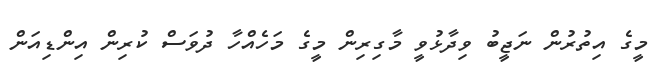
މީގެ އިތުރުން ނަޖީބު ވިދާޅުވީ މާގިރިން މީގެ މަހެއްހާ ދުވަސް ކުރިން އިންޑިއަން